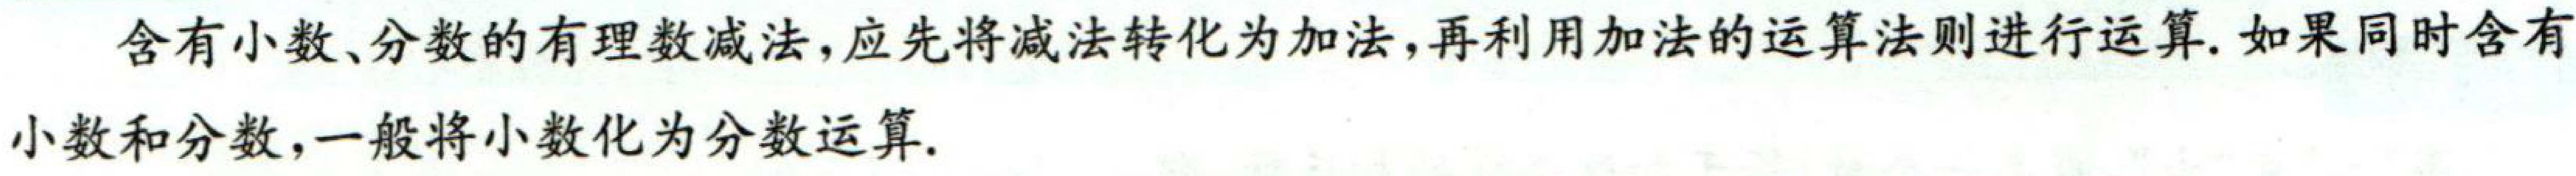
含有小数、分数的有理数减法,应先将减法转化为加法,再利用加法的运算法则进行运算.如果同时含有小数和分数,一般将小数化为分数运算.